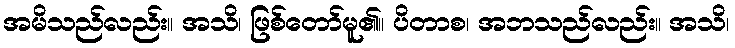
အမိသည်လည်း။ အသိ၊ ဖြစ်တော်မူ၏။ ပိတာစ၊ အဘသည်လည်း။ အသိ၊